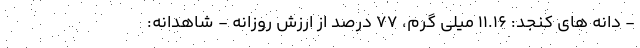
- دانه های کنجد: 11.16 میلی گرم، 77 درصد از ارزش روزانه - شاهدانه: